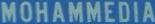
MOHAMMEDIAA